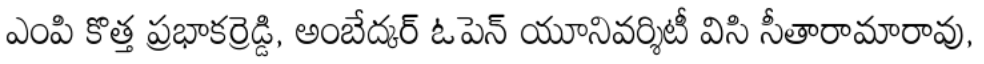
ఎంపి కొత్త ప్రభాకర్రెడ్డి, అంబేద్కర్ ఓపెన్ యూనివర్శిటీ విసి సీతారామారావు,